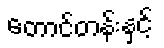
တောင်တန်းနှင့်